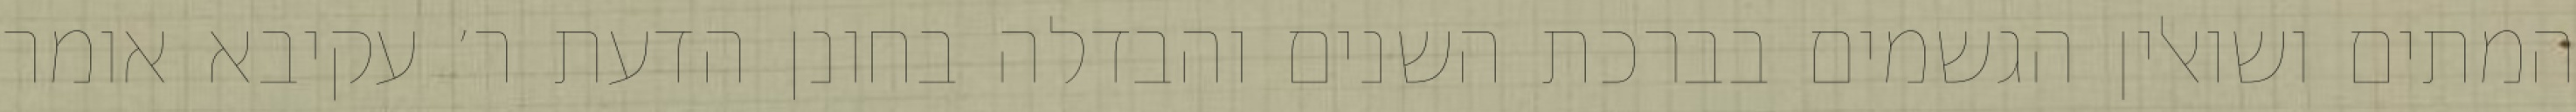
המתים ושואלין הגשמים בברכת השנים והבדלה בחונן הדעת ר׳ עקיבא אומר